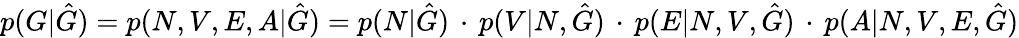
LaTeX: p(G|\hat{G})=p(N,V,E,A|\hat{G})=p(N|\hat{G})\, \cdot\, p(V|N,\hat{G})\, \cdot\, p(E|N,V,\hat{G})\, \cdot\, p(A|N,V,E,\hat{G})